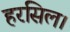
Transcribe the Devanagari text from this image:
हरसिल।